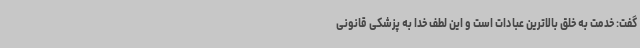
گفت: خدمت به خلق بالاترین عبادات است و این لطف خدا به پزشکی قانونی